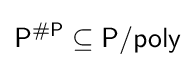
{\mathsf {P^{\#P}}}\subseteq {\mathsf {P/poly}}